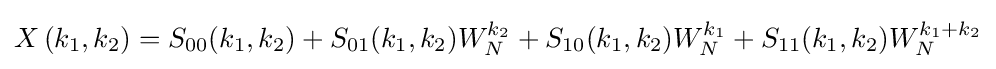
X\left(k_{1},k_{2}\right)=S_{00}(k_{1},k_{2})+S_{01}(k_{1},k_{2})W_{N}^{k_{2}}+S_{10}(k_{1},k_{2})W_{N}^{k_{1}}+S_{11}(k_{1},k_{2})W_{N}^{k_{1}+k_{2}}